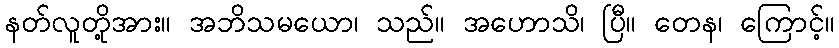
နတ်လူတို့အား။ အဘိသမယော၊ သည်။ အဟောသိ၊ ပြီ။ တေန၊ ကြောင့်။